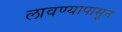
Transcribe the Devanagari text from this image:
लावण्यापासून